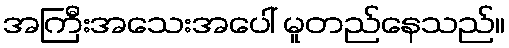
အကြီးအသေးအပေါ် မူတည်နေသည်။